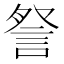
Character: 詧